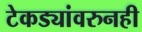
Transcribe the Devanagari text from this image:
टेकड्यांवरुनही